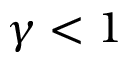
\gamma < 1